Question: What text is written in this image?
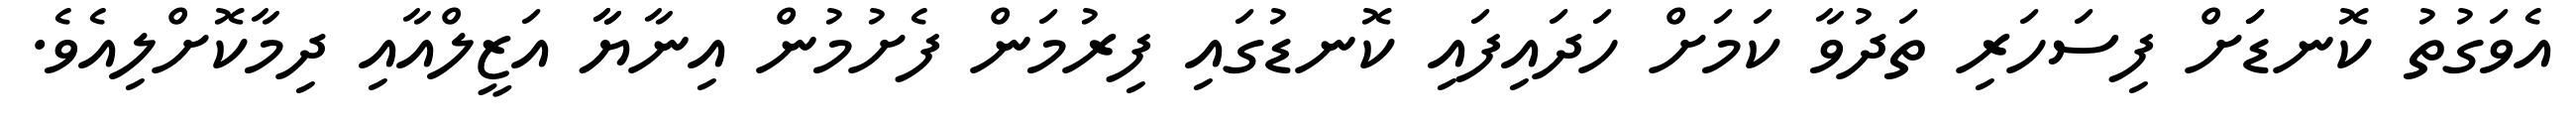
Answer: އެވަގުތު ކޮނޑަަށް ފިސަހަރި ތަދުވާ ކަމަށް ހަދައިފައި ކޮނޑުގައި ފިރުމަން ފެށުމުން އިނާޔާާ އަޒީލްއާއި ދިމާކޮށްލިއެވެ.